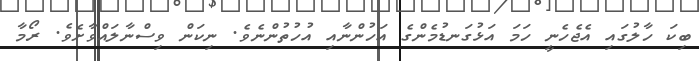
ބިކަ ހާލުގައި އެޖެހެނީ ހަމަ އަޅުގަނޑުމެންގެ އަހުންނާއި އުހުތުންނެވެ. ނިކަން ވިސްނާލައްވާށެވެ. ރޯމާ